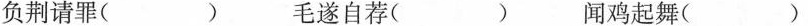
负荆请罪( ) 毛遂自荐( ) 闻鸡起舞( )